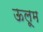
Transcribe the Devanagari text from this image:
ऊलूम